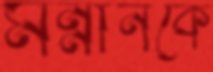
মন্নানকে